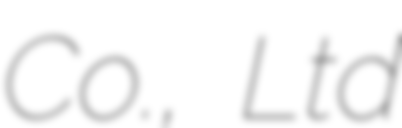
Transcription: Co., Ltd